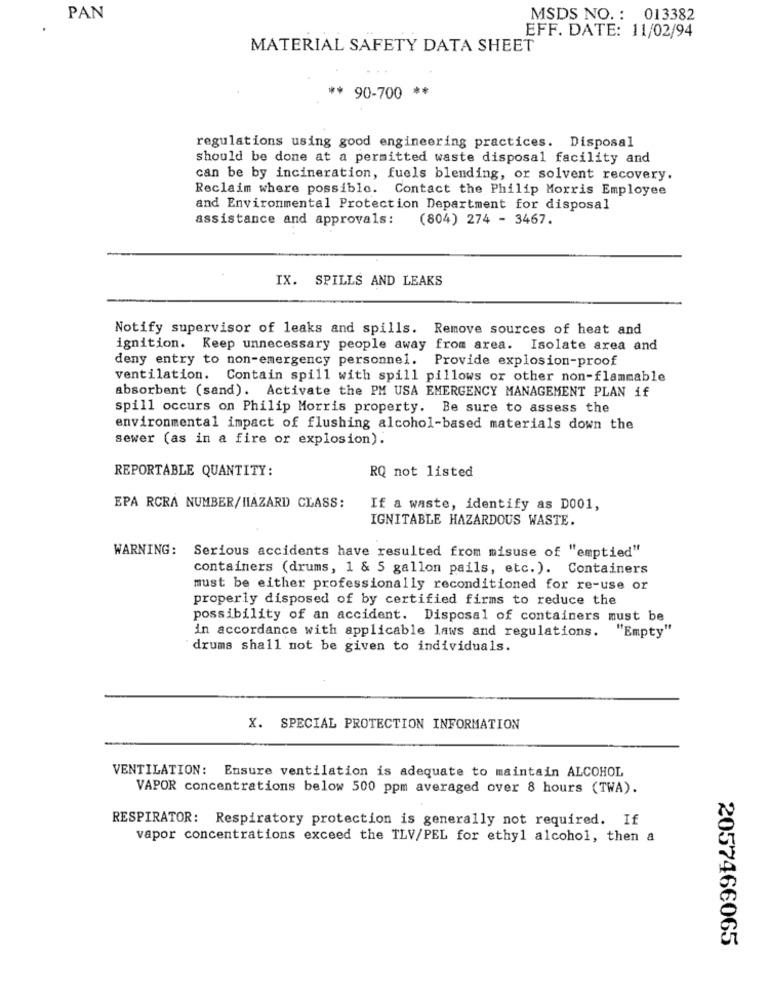
PAN
MSDS NO. : 013382
EFF. DATE: 11/02/94
MATERIAL SAFETY DATA SHEET
** 90-700 **
regulations using good engineering practices. Disposal
should be done at a permitted waste disposal facility and
can be by incineration, fuels blending, or solvent recovery.
Reclaim where possible. Contact the Philip Morris Employee
and Environmental Protection Department for disposal
assistance and approvals: (804) 274 - 3467.
IX. SPILLS AND LEAKS
Notify supervisor of leaks and spills. Remove sources of heat and
ignition. Keep unnecessary people away from area. Isolate area and
deny entry to non-emergency personnel. Provide explosion-proof
ventilation. Contain spill with spill pillows or other non-flammable
absorbent (sand). Activate the PM USA EMERGENCY MANAGEMENT PLAN if
spill occurs on Philip Morris property. Be sure to assess the
environmental impact of flushing alcohol-based materials down the
sewer (as in a fire or explosion).
REPORTABLE QUANTITY:
RQ not listed
EPA RCRA NUMBER/HAZARD CLASS:
If a waste, identify as D001,
IGNITABLE HAZARDOUS WASTE.
WARNING: Serious accidents have resulted from misuse of "emptied"
containers (drums, 1 & 5 gallon pails, etc. ). Containers
must be either professionally reconditioned for re-use or
properly disposed of by certified firms to reduce the
possibility of an accident. Disposal of containers must be
"Empty"
in accordance with applicable laws and regulations.
drums shall not be given to individuals.
X. SPECIAL PROTECTION INFORMATION
VENTILATION: Ensure ventilation is adequate to maintain ALCOHOL
VAPOR concentrations below 500 ppm averaged over 8 hours (TWA).
RESPIRATOR: Respiratory protection is generally not required. If
vapor concentrations exceed the TLV/PEL for ethyl alcohol, then a
2057466065